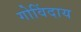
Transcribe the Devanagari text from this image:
गोविंदाय